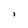
Character: 1